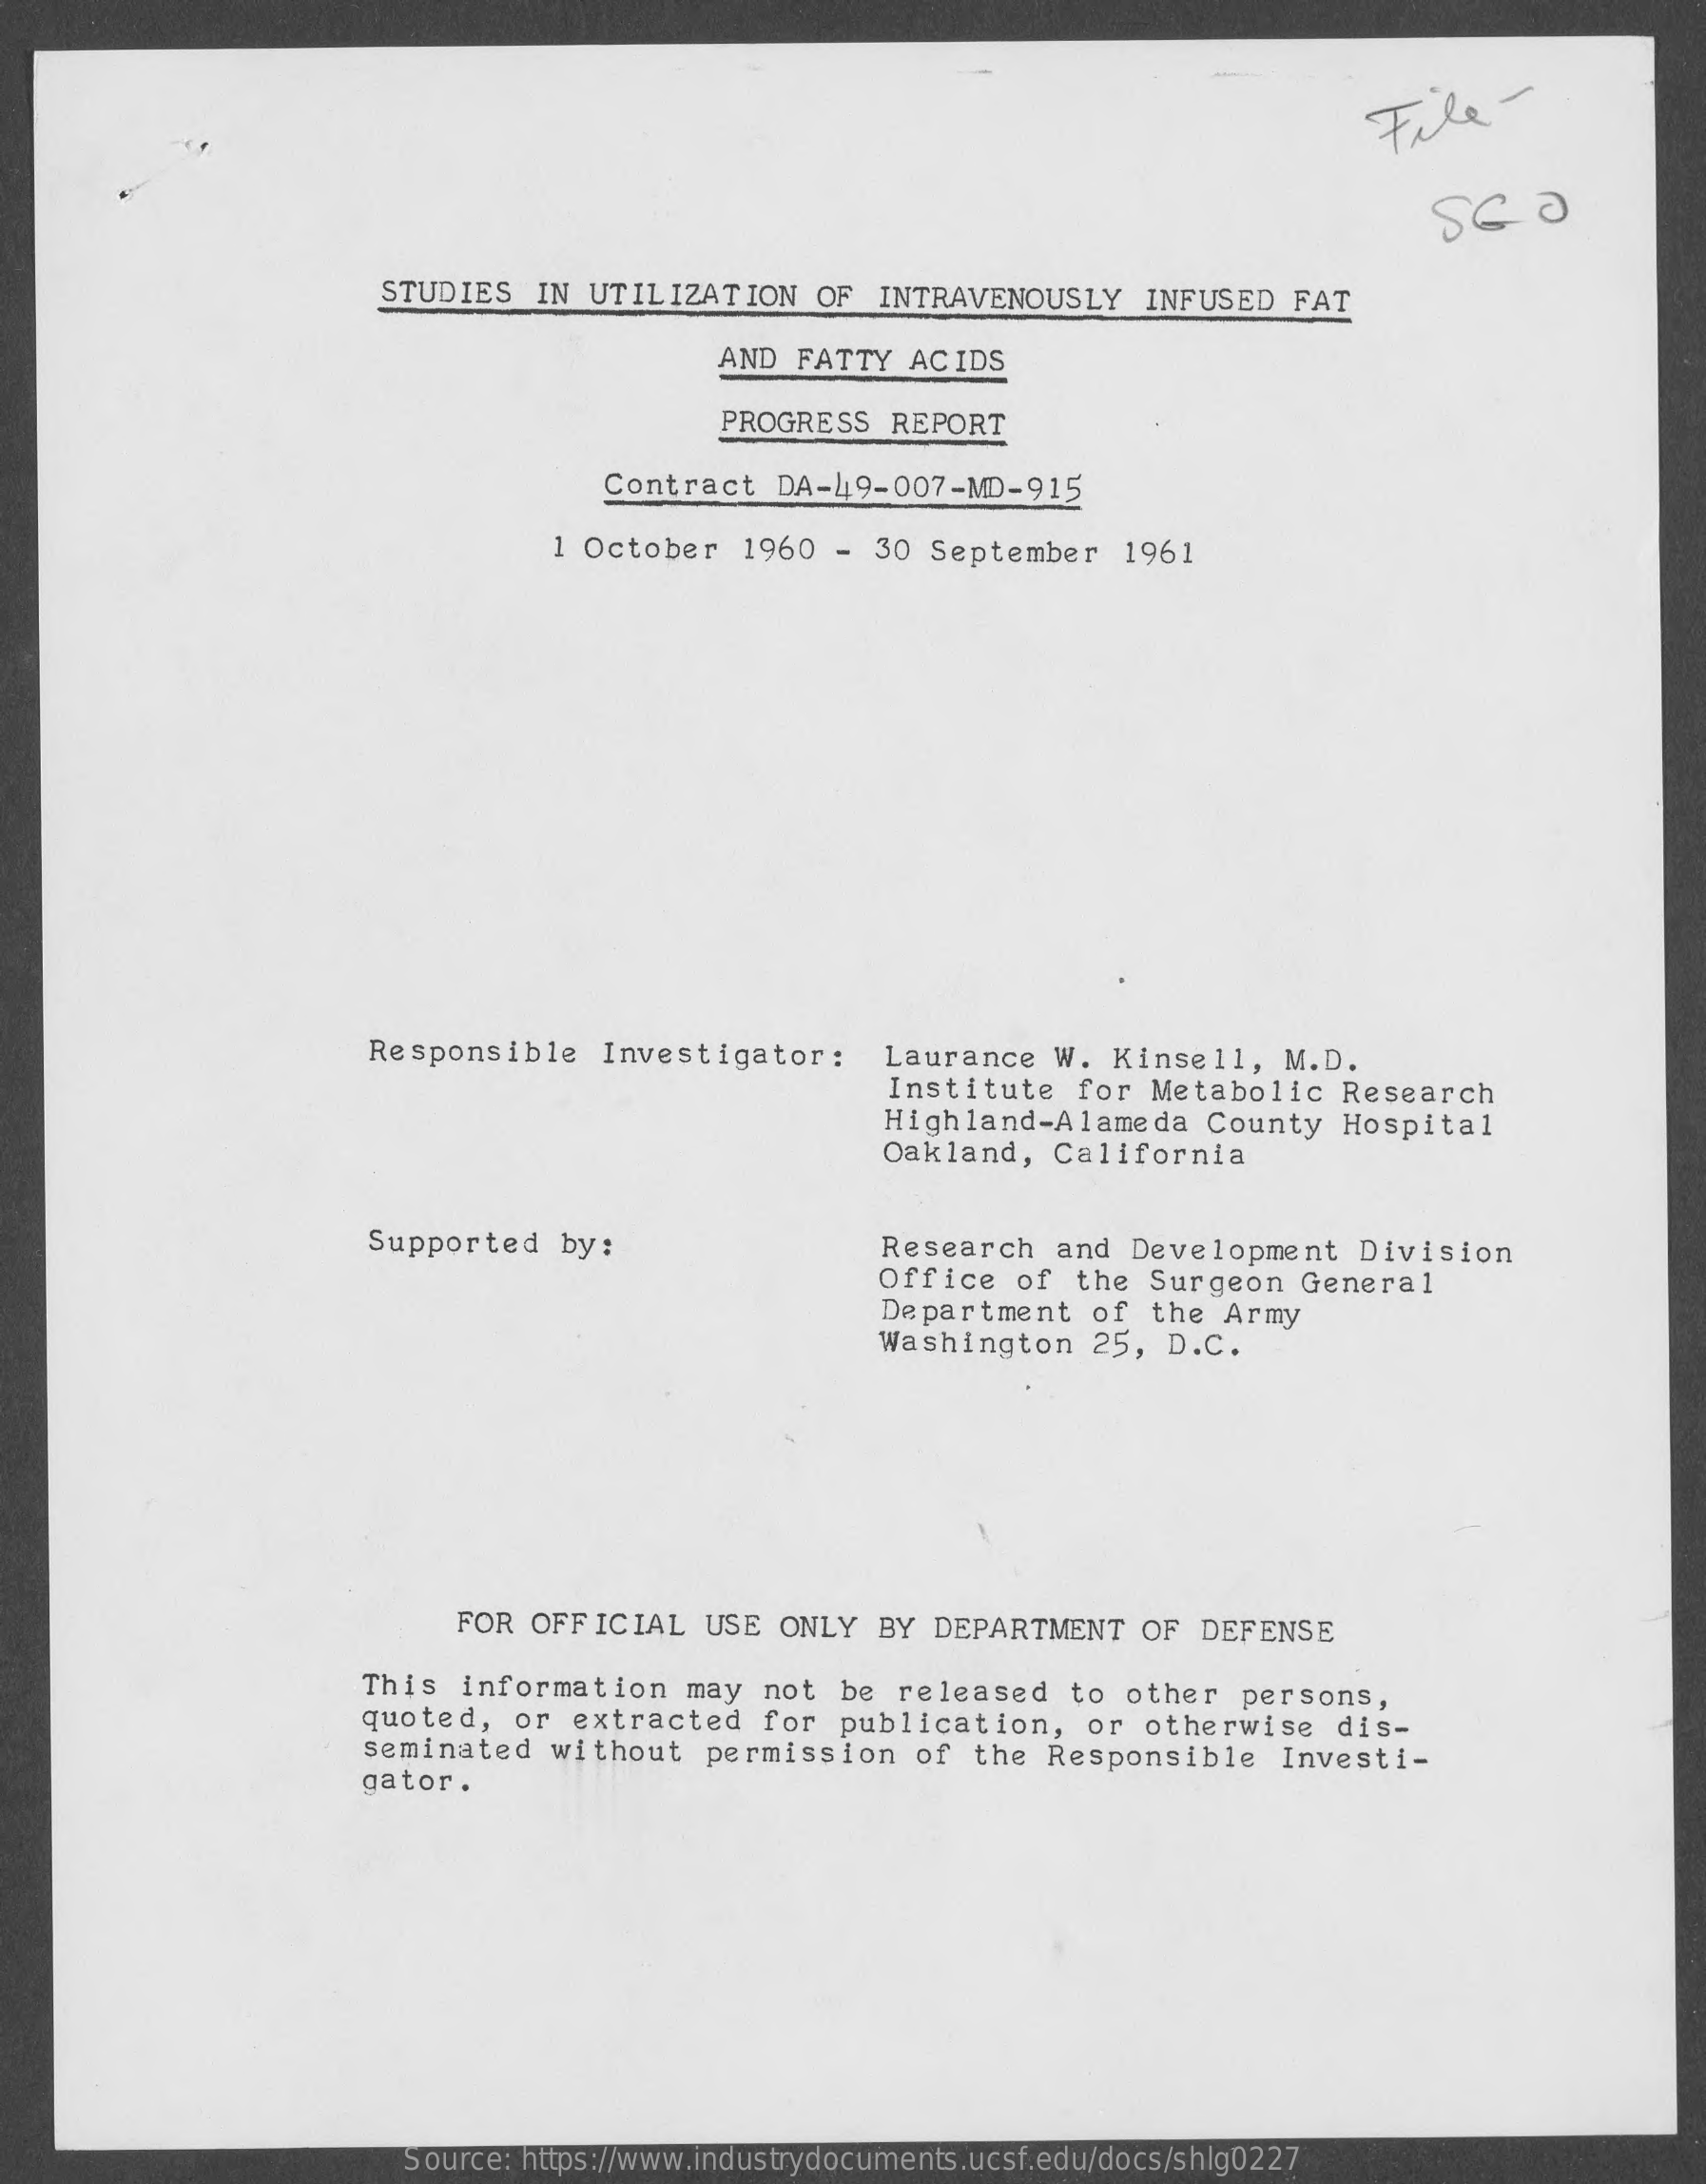
File    -
     STUDIES   IN  UTILIZATION    OF  INTRAVENOUSLY    INFUSED   FAT
     AND FATTY   ACIDS
     PROGRESS  REPORT
     Contract   DA-49-007-MD-915
     1 October   1960  -  30 September    1961
     Responsible    Investigator:    Laurance   W.  Kinsell,    M.D.
     Institute   for  Metabolic   Research
     Highland-Alameda    County   Hospital
     Oakland,   California
     Supported    by:    Research    and Development    Division
     Office   of  the  Surgeon  General
     Department    of  the  Army
     Washington    25,  D.C.
     FOR  OFFICIAL   USE  ONLY   BY DEPARTMENT    OF  DEFENSE
     This  information    may  not  be  released   to  other   persons,
     quoted,   or  extracted   for  publication,    or otherwise    dis-
     seminated   without   permission    of  the  Responsible    Investi-
     gator.
     Source: https://www.industrydocuments.ucsf.edu/docs/shlg0227